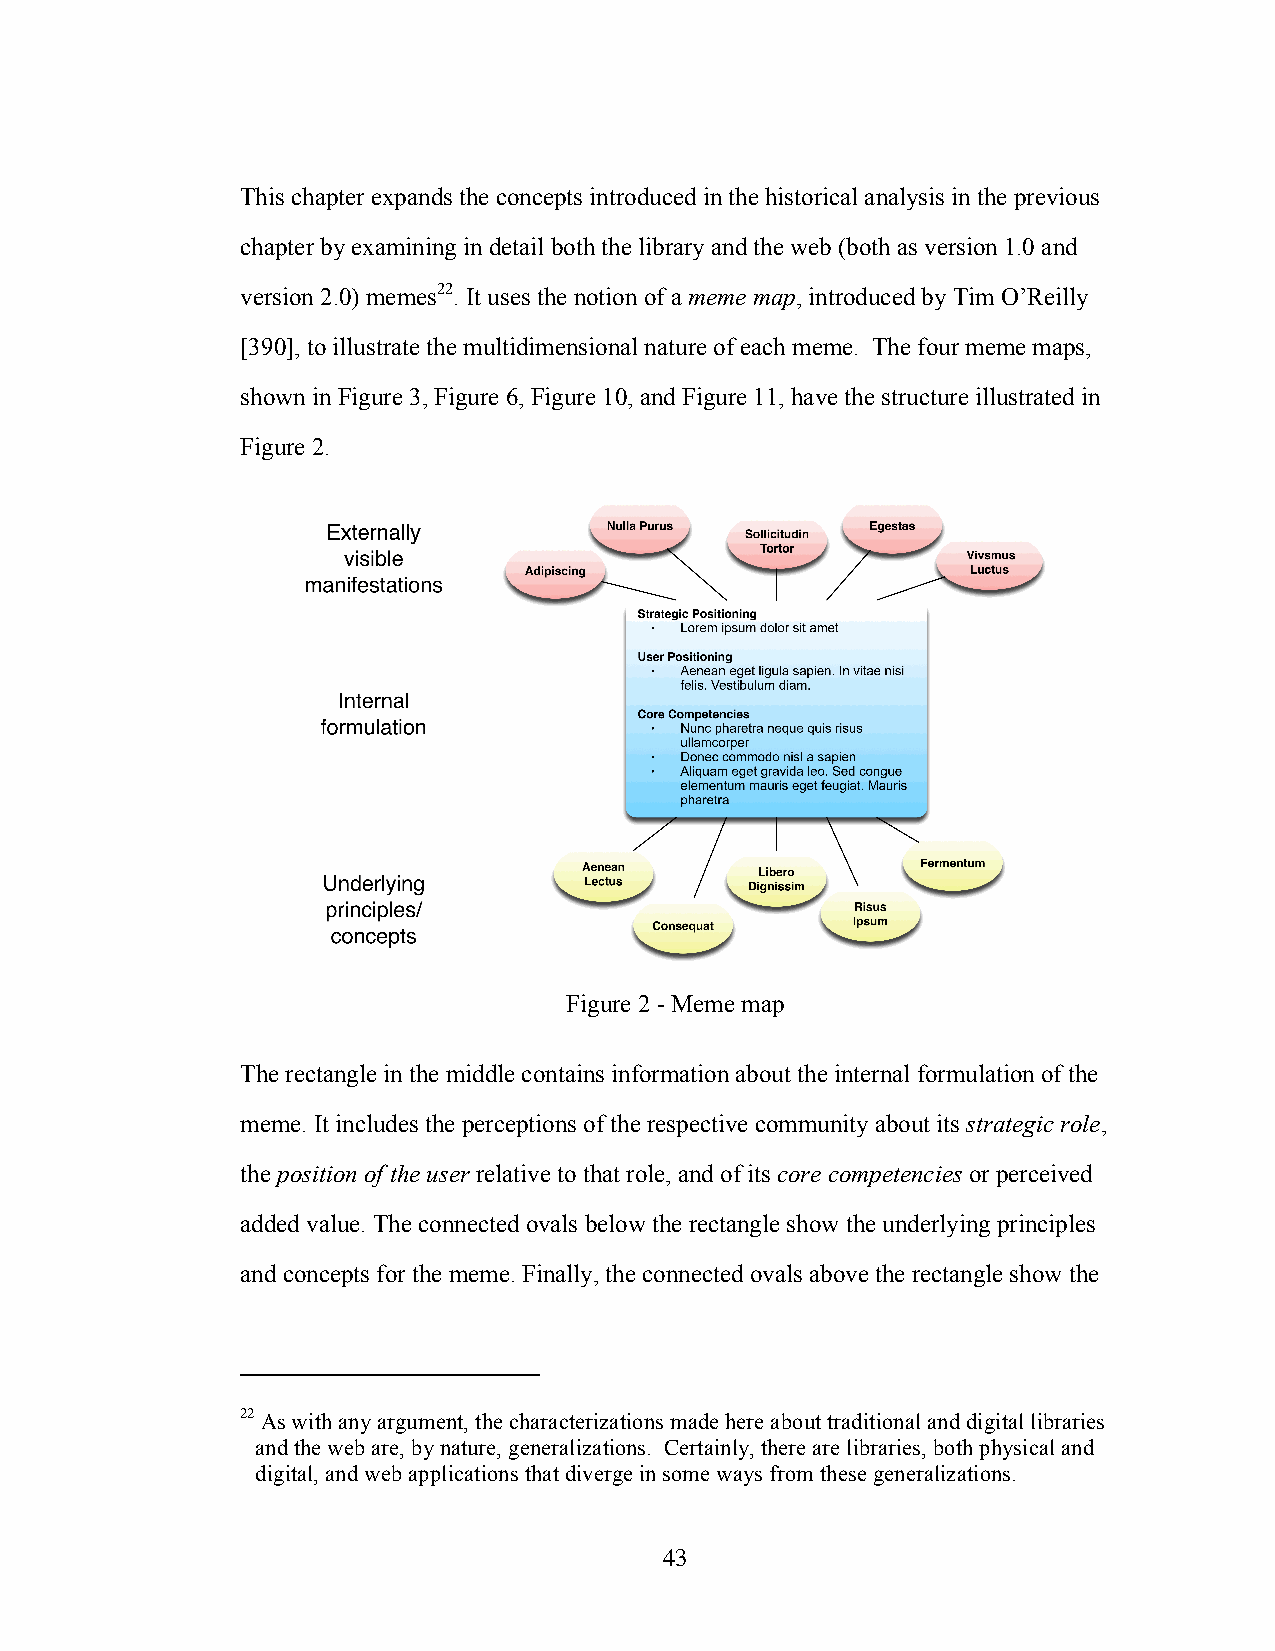
This chapter expands the concepts introduced in the historical analysis in the previous
 chapter by examining in detail both the library and the web (both as version 1.0 and
 version 2.0) memes22. It uses the notion of a meme map, introduced by Tim O’Reilly
 [390], to illustrate the multidimensional nature of each meme. The four meme maps,
 shown in Figure 3, Figure 6, Figure 10, and Figure 11, have the structure illustrated in
 Figure 2.
 Figure 2 - Meme map
 The rectangle in the middle contains information about the internal formulation of the
 meme. It includes the perceptions of the respective community about its strategic role,
 the position of the user relative to that role, and of its core competencies or perceived
 added value. The connected ovals below the rectangle show the underlying principles
 and concepts for the meme. Finally, the connected ovals above the rectangle show the
 22 As with any argument, the characterizations made here about traditional and digital libraries
 and the web are, by nature, generalizations. Certainly, there are libraries, both physical and
 digital, and web applications that diverge in some ways from these generalizations.
 43